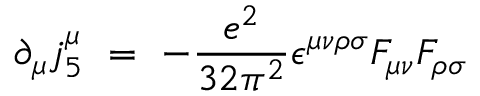
\partial _ { \mu } j _ { 5 } ^ { \mu } ~ = ~ - { \frac { e ^ { 2 } } { 3 2 \pi ^ { 2 } } } \epsilon ^ { \mu \nu \rho \sigma } F _ { \mu \nu } F _ { \rho \sigma }